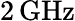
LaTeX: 2\, \mathrm{GHz}